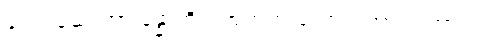
ခါးတဲ့ဆေးဟာ ခန္ဓာကိုယ်အတွက် ကောင်းတာ သဘာဝပဲ။